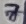
Text: 7